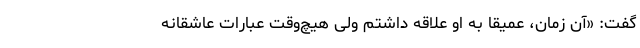
گفت: «آن زمان، عمیقاً به او علاقه داشتم ولی هیچ‌وقت عبارات عاشقانه